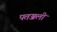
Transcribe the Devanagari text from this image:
पतञ्जली